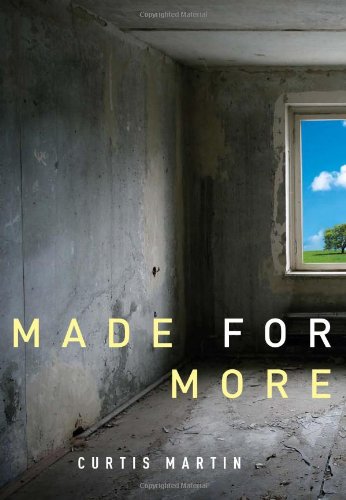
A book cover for Made for More; Curtis Martin; Christian Books & Bibles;